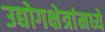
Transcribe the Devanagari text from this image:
उद्योगक्षेत्रांमध्ये